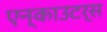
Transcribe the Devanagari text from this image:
एन्काउटर्स